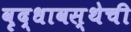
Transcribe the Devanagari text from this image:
वृद्धावस्थेची